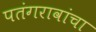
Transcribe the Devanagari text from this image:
पतंगरावांचा